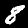
Digit: 8